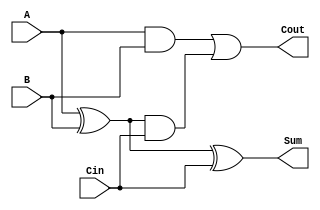
module tree_structured_full_adder (
    input wire A,      // First significant bit
    input wire B,      // Second significant bit
    input wire Cin,    // Carry-in bit
    output wire Sum,   // Sum output
    output wire Cout   // Carry-out output
);

// Intermediate signals
wire S1;    // Intermediate sum from Half Adder 1
wire C1;    // Intermediate carry from Half Adder 1
wire C2;    // Intermediate carry from Half Adder 2

// Half Adder 1: Adds A and B
assign S1 = A ^ B;      // Sum output of Half Adder 1
assign C1 = A & B;      // Carry output of Half Adder 1

// Half Adder 2: Adds S1 and Cin
assign Sum = S1 ^ Cin;  // Final Sum output
assign C2 = S1 & Cin;    // Carry output of Half Adder 2

// Final Carry-out: Combines C1 and C2
assign Cout = C1 | C2;  // Final Carry-out

endmodule